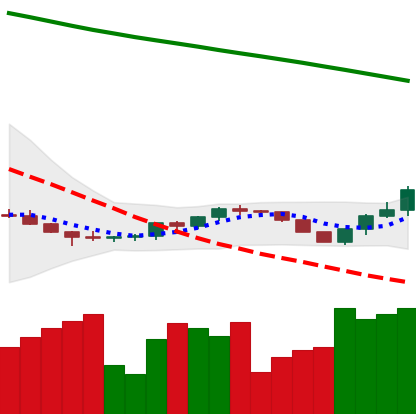
Ticker: ETH-USD
Chart end date: 2022-07-16
Forward return: 16.569%
Label: up_7plus